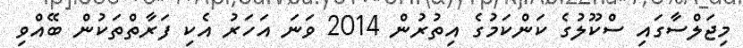
މިޖަލްސާގައި ސްކޫލުގެ ކަންކަމުގެ އިތުރުން 2014 ވަނަ އަަހަރު އެކި ފަރާތްތަކުން ބޭއްވި